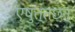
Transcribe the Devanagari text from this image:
एषुत्तछन्